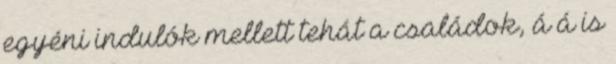
egyéni indulók mellett tehát a családok, á á is